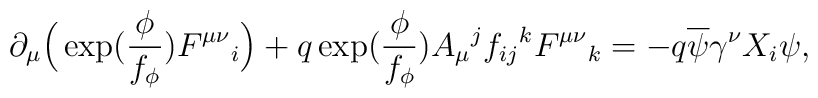
\partial_\mu\Big(\exp(\frac{\phi}{f_\phi})F^{\mu\nu}{}_i\Big)+q\exp(\frac{\phi}{f_\phi})A_\mu{}^j f_{ij}{}^k F^{\mu\nu}{}_k=-q\overline{\psi}\gamma^\nu X_i\psi,